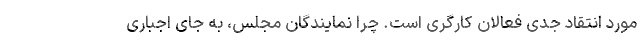
مورد انتقاد جدی فعالان کارگری است. چرا نمایندگان مجلس، به جای اجباری